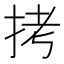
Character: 拷